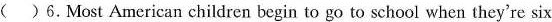
( )6.Most American children begin to go to school when they're six